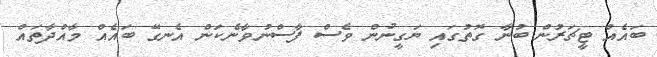
ބައެއް ޓީޗަރުން ބުނާ ގޮތުގައި ޔަގީނުން ވެސް ފާސްނުވާނެކަން އެނގޭ ބައެއް މާއްދާތައް